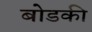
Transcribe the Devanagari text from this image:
बोडकी